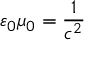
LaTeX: \varepsilon _ { 0 } \mu _ { 0 } = { \frac { 1 } { c ^ { 2 } } }